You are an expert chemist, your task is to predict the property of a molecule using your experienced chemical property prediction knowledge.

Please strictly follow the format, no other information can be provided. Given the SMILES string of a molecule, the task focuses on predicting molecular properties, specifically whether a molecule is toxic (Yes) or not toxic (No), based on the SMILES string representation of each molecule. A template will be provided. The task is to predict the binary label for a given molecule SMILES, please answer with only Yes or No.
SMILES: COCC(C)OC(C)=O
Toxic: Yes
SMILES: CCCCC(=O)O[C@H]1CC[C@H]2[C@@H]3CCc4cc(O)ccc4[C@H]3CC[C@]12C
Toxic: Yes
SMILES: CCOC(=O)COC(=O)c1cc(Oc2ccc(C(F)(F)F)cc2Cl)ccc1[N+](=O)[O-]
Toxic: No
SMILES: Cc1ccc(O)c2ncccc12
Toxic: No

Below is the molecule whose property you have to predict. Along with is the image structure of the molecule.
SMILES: CC(O)CN(CCN(CC(C)O)CC(C)O)CC(C)O
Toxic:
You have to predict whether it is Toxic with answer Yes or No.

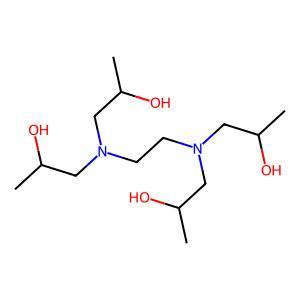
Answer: No